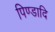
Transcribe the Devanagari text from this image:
पिण्डादि